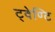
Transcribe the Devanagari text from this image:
ट्वेण्टि